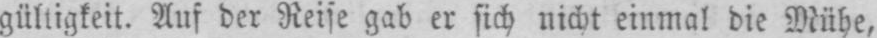
gültigkeit. Auf der Reise gab er sich nicht einmal die Mühe,